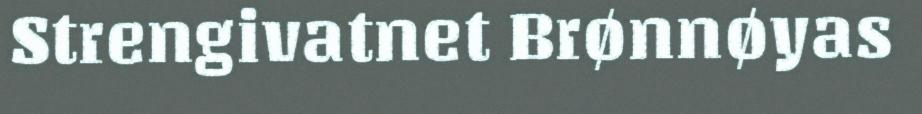
Strengivatnet Brønnøyas